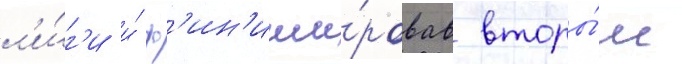
л'и́г'и и́ ф'ин'иши́ровав вторы́м